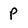
Character: P